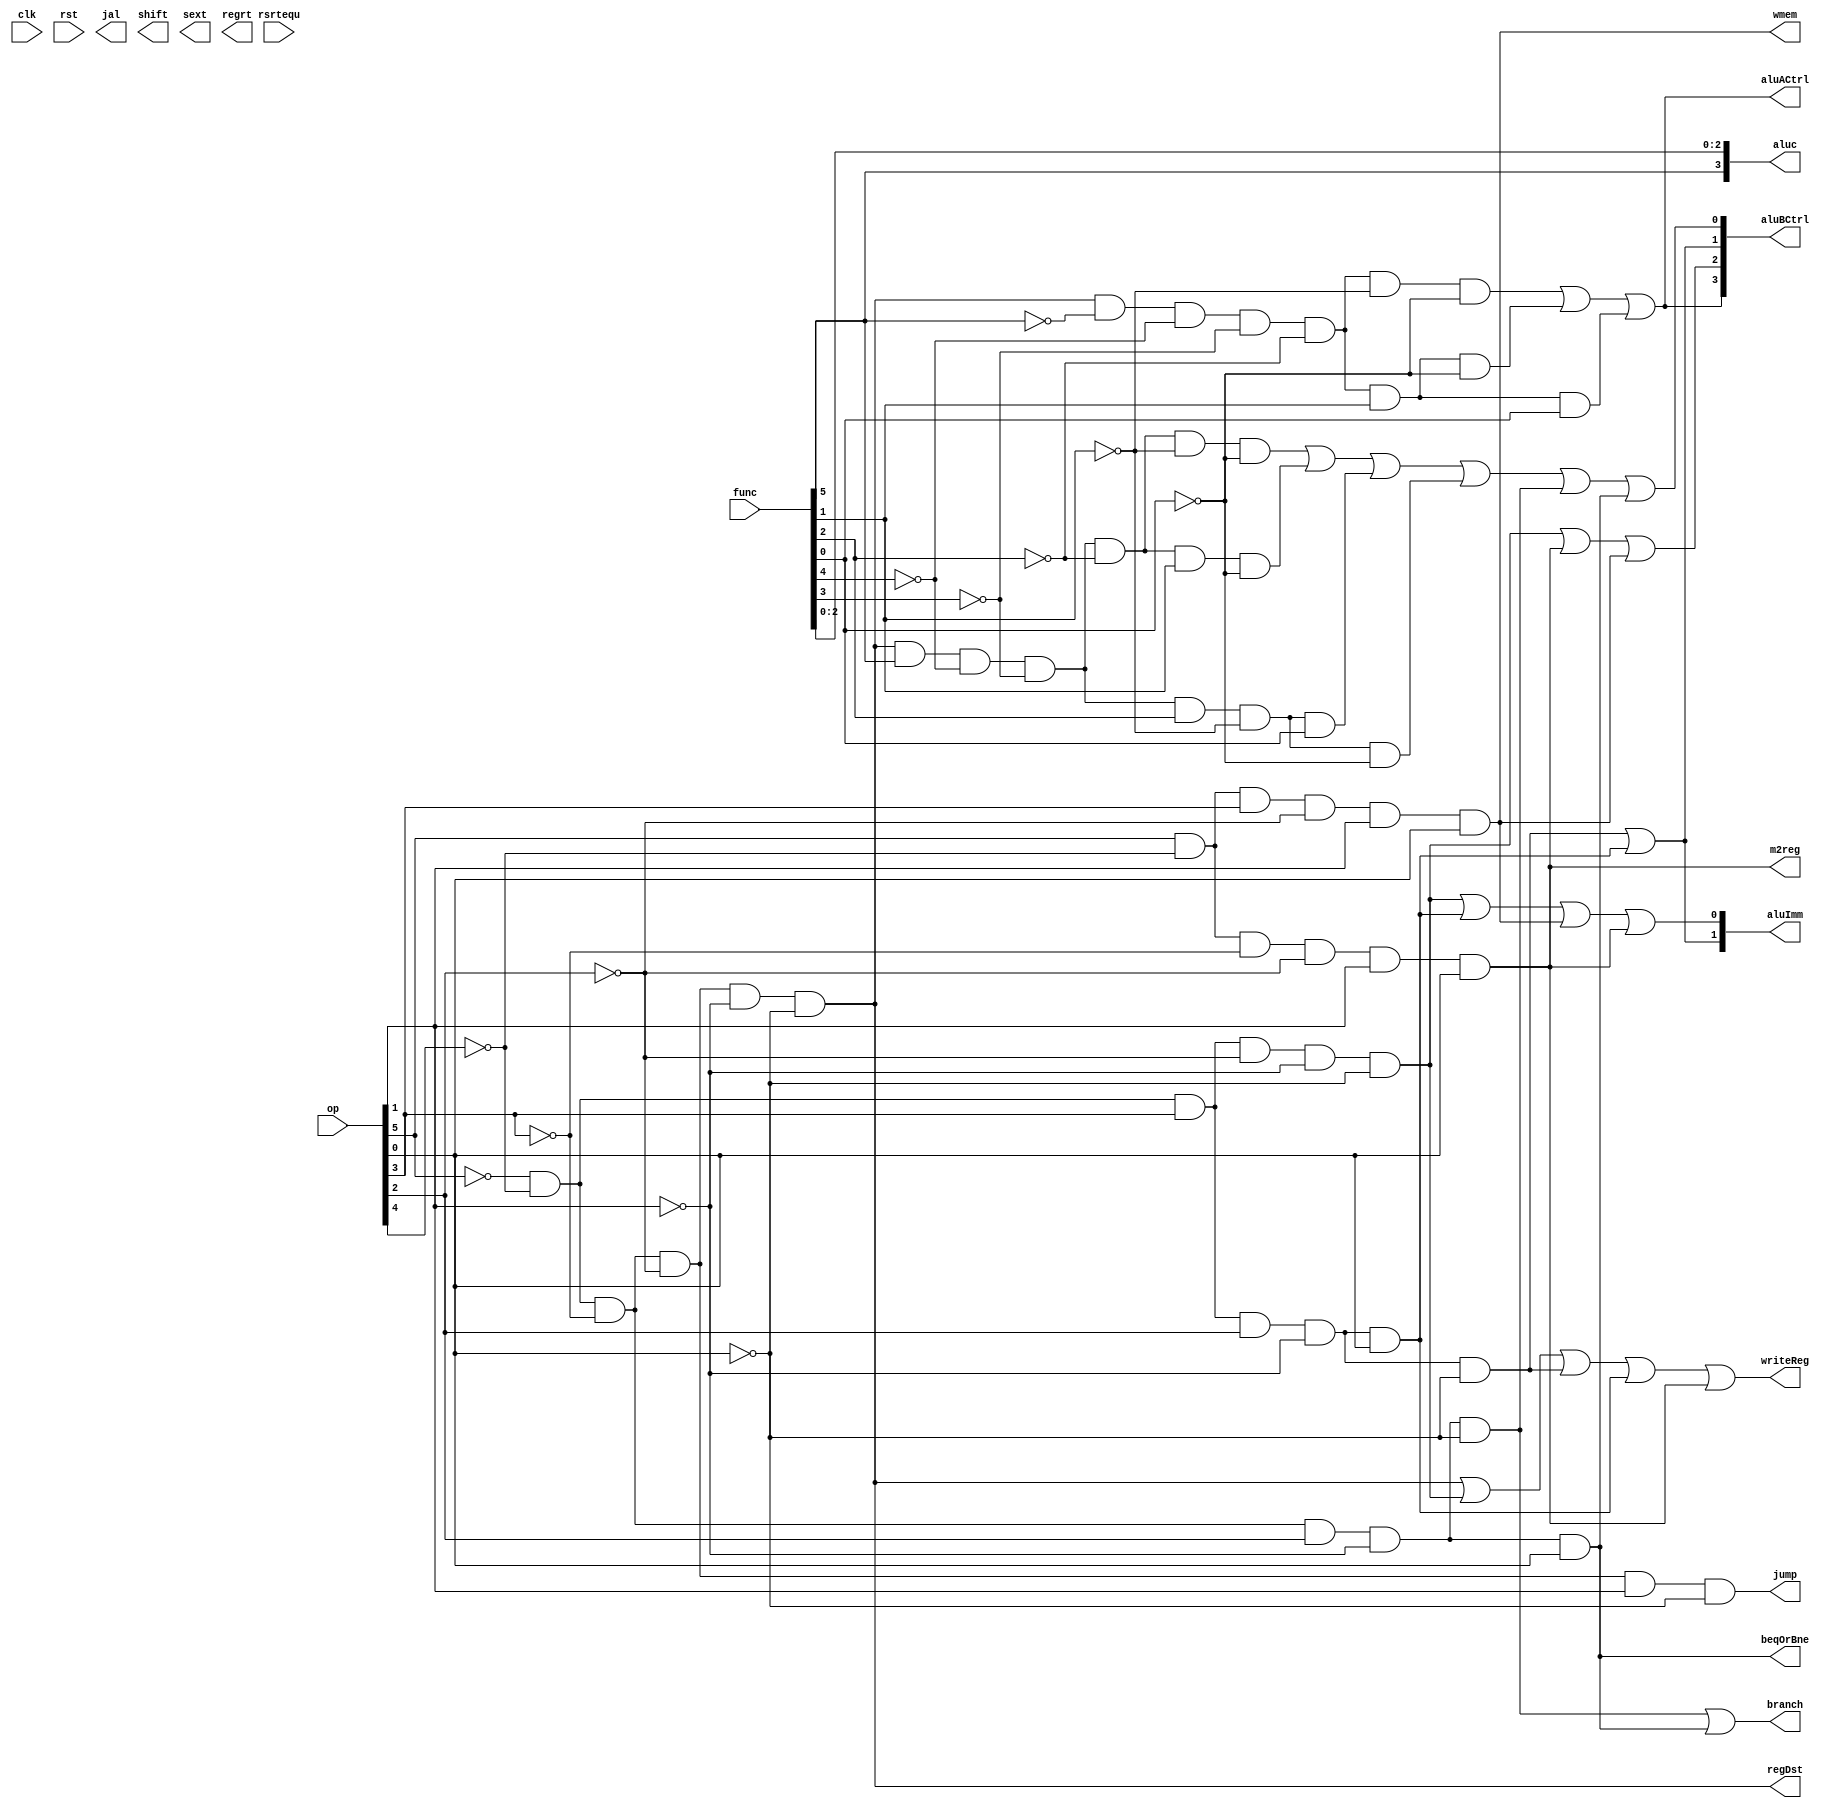
`timescale 1ns / 1ps
//////////////////////////////////////////////////////////////////////////////////
// Company: 
// Engineer: 
// 
// Design Name: 
// Module Name:    ctrl 
// Project Name: 
// Target Devices: 
// Tool versions: 
// Description: 
//
// Dependencies: 
//
// Revision: 
// Revision 0.01 - File Created
// Additional Comments: 
//
//////////////////////////////////////////////////////////////////////////////////
module ctrl(
input clk,
input rst,
input [5:0]func,
input [5:0]op,
output regDst,
output branch,
output jal,
output writeReg,
output m2reg,
output wmem,
output [3:0]aluc,
output [1:0]aluImm,
output shift,
input rsrtequ,
output sext,
output regrt,
output [3:0]aluBCtrl,
output jump,
output aluACtrl,
output beqOrBne
    );
wire J,R,LW,SW,BEQ,ADD,SUB,AND,OR,SLL,SRL,SRA,ADDI,ANDI,ORI,BNE;
	 
and 
   and1(J,~op[5],~op[4],~op[3],~op[2],op[1],~op[0]),
	and2(R,~op[5],~op[4],~op[3],~op[2],~op[1],~op[0]),
	and3(LW,op[5],~op[4],~op[3],~op[2],op[1],op[0]),
	and4(SW,op[5],~op[4],op[3],~op[2],op[1],op[0]),
	and5(BEQ,~op[5],~op[4],~op[3],op[2],~op[1],~op[0]),
	and13(ADDI,~op[5],~op[4],op[3],~op[2],~op[1],~op[0]),
	and14(ANDI,~op[5],~op[4],op[3],op[2],~op[1],~op[0]),
	and15(ORI,~op[5],~op[4],op[3],op[2],~op[1],op[0]),
	and16(BNE,~op[5],~op[4],~op[3],op[2],~op[1],op[0]);
and //R-TYPE
	and6(ADD,R,func[5],~func[4],~func[3],~func[2],~func[1],~func[0]),
	and7(SUB,R,func[5],~func[4],~func[3],~func[2],func[1],~func[0]),
	and8(AND,R,func[5],~func[4],~func[3],func[2],~func[1],~func[0]),
	and9(OR,R,func[5],~func[4],~func[3],func[2],~func[1],func[0]),
	and10(SLL,R,~func[5],~func[4],~func[3],~func[2],~func[1],~func[0]),
	and11(SRL,R,~func[5],~func[4],~func[3],~func[2],func[1],~func[0]),
	and12(SRA,R,~func[5],~func[4],~func[3],~func[2],func[1],func[0]);
	 
assign m2reg=LW;
assign wmem=SW;
assign branch=BEQ|BNE;

assign aluc={func[5],func[2:0]};

assign regDst=R;

assign aluBCtrl[0] = ADD|SUB|OR|AND|BEQ|BNE;
assign aluBCtrl[1] = ANDI|ORI;
assign aluBCtrl[2] = ADDI|LW|SW;
assign aluBCtrl[3] = SLL|SRL|SRA;

assign writeReg = R|ADDI|ANDI|ORI|LW;
assign m2reg = LW;
assign aluACtrl = SLL|SRL|SRA;
assign jump=J;

assign aluImm[0] = ADDI|ORI|SW|LW;
assign aluImm[1] = ANDI|ORI;

assign beqOrBne = BNE;

endmodule